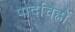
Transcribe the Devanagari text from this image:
पादचिह्नों